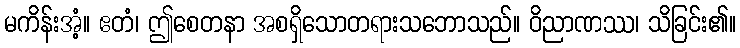
မကိန်းအံ့။ ဧတံ၊ ဤစေတနာ အစရှိသောတရားသဘောသည်။ ဝိညာဏဿ၊ သိခြင်း၏။